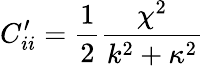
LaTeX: C_{ii}^{\prime}=\frac{1}{2}\frac{\chi^{2}}{k^{2}+\kappa^{2}}